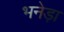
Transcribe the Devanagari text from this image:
भनेड़ा